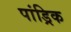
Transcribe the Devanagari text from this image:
पांड्रिक